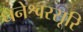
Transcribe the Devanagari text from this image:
धनेश्वरसूरि